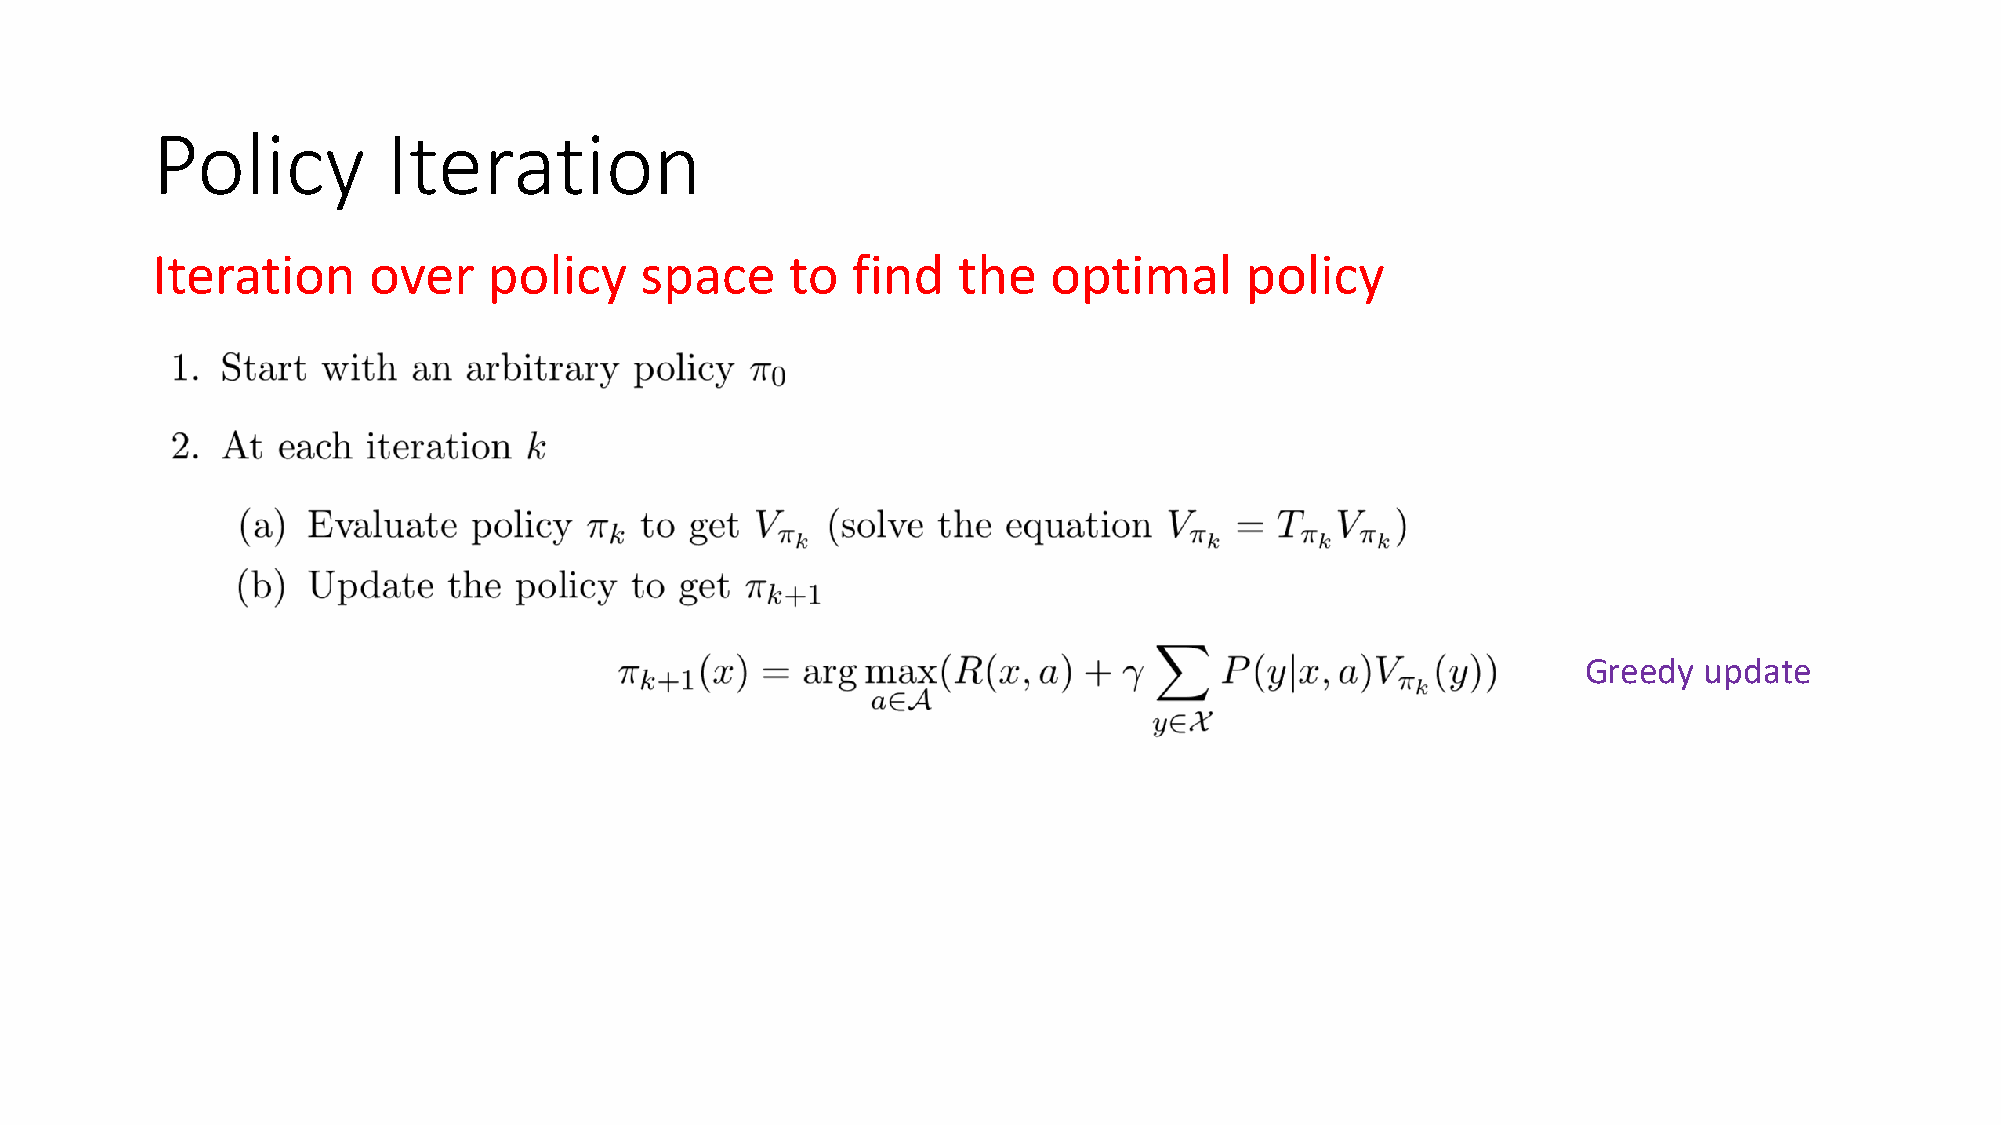
Policy          Iteration
 Iteration     over    policy    space     to  find   the   optimal      policy
 Greedy  update
 How   many   computation    per iterations?              What     is  the   rate   of  convergence?
 How   many   computations    to get 𝜋*?
 Policy    Iteration     converges        in  finite   number       of  steps    (!!??)